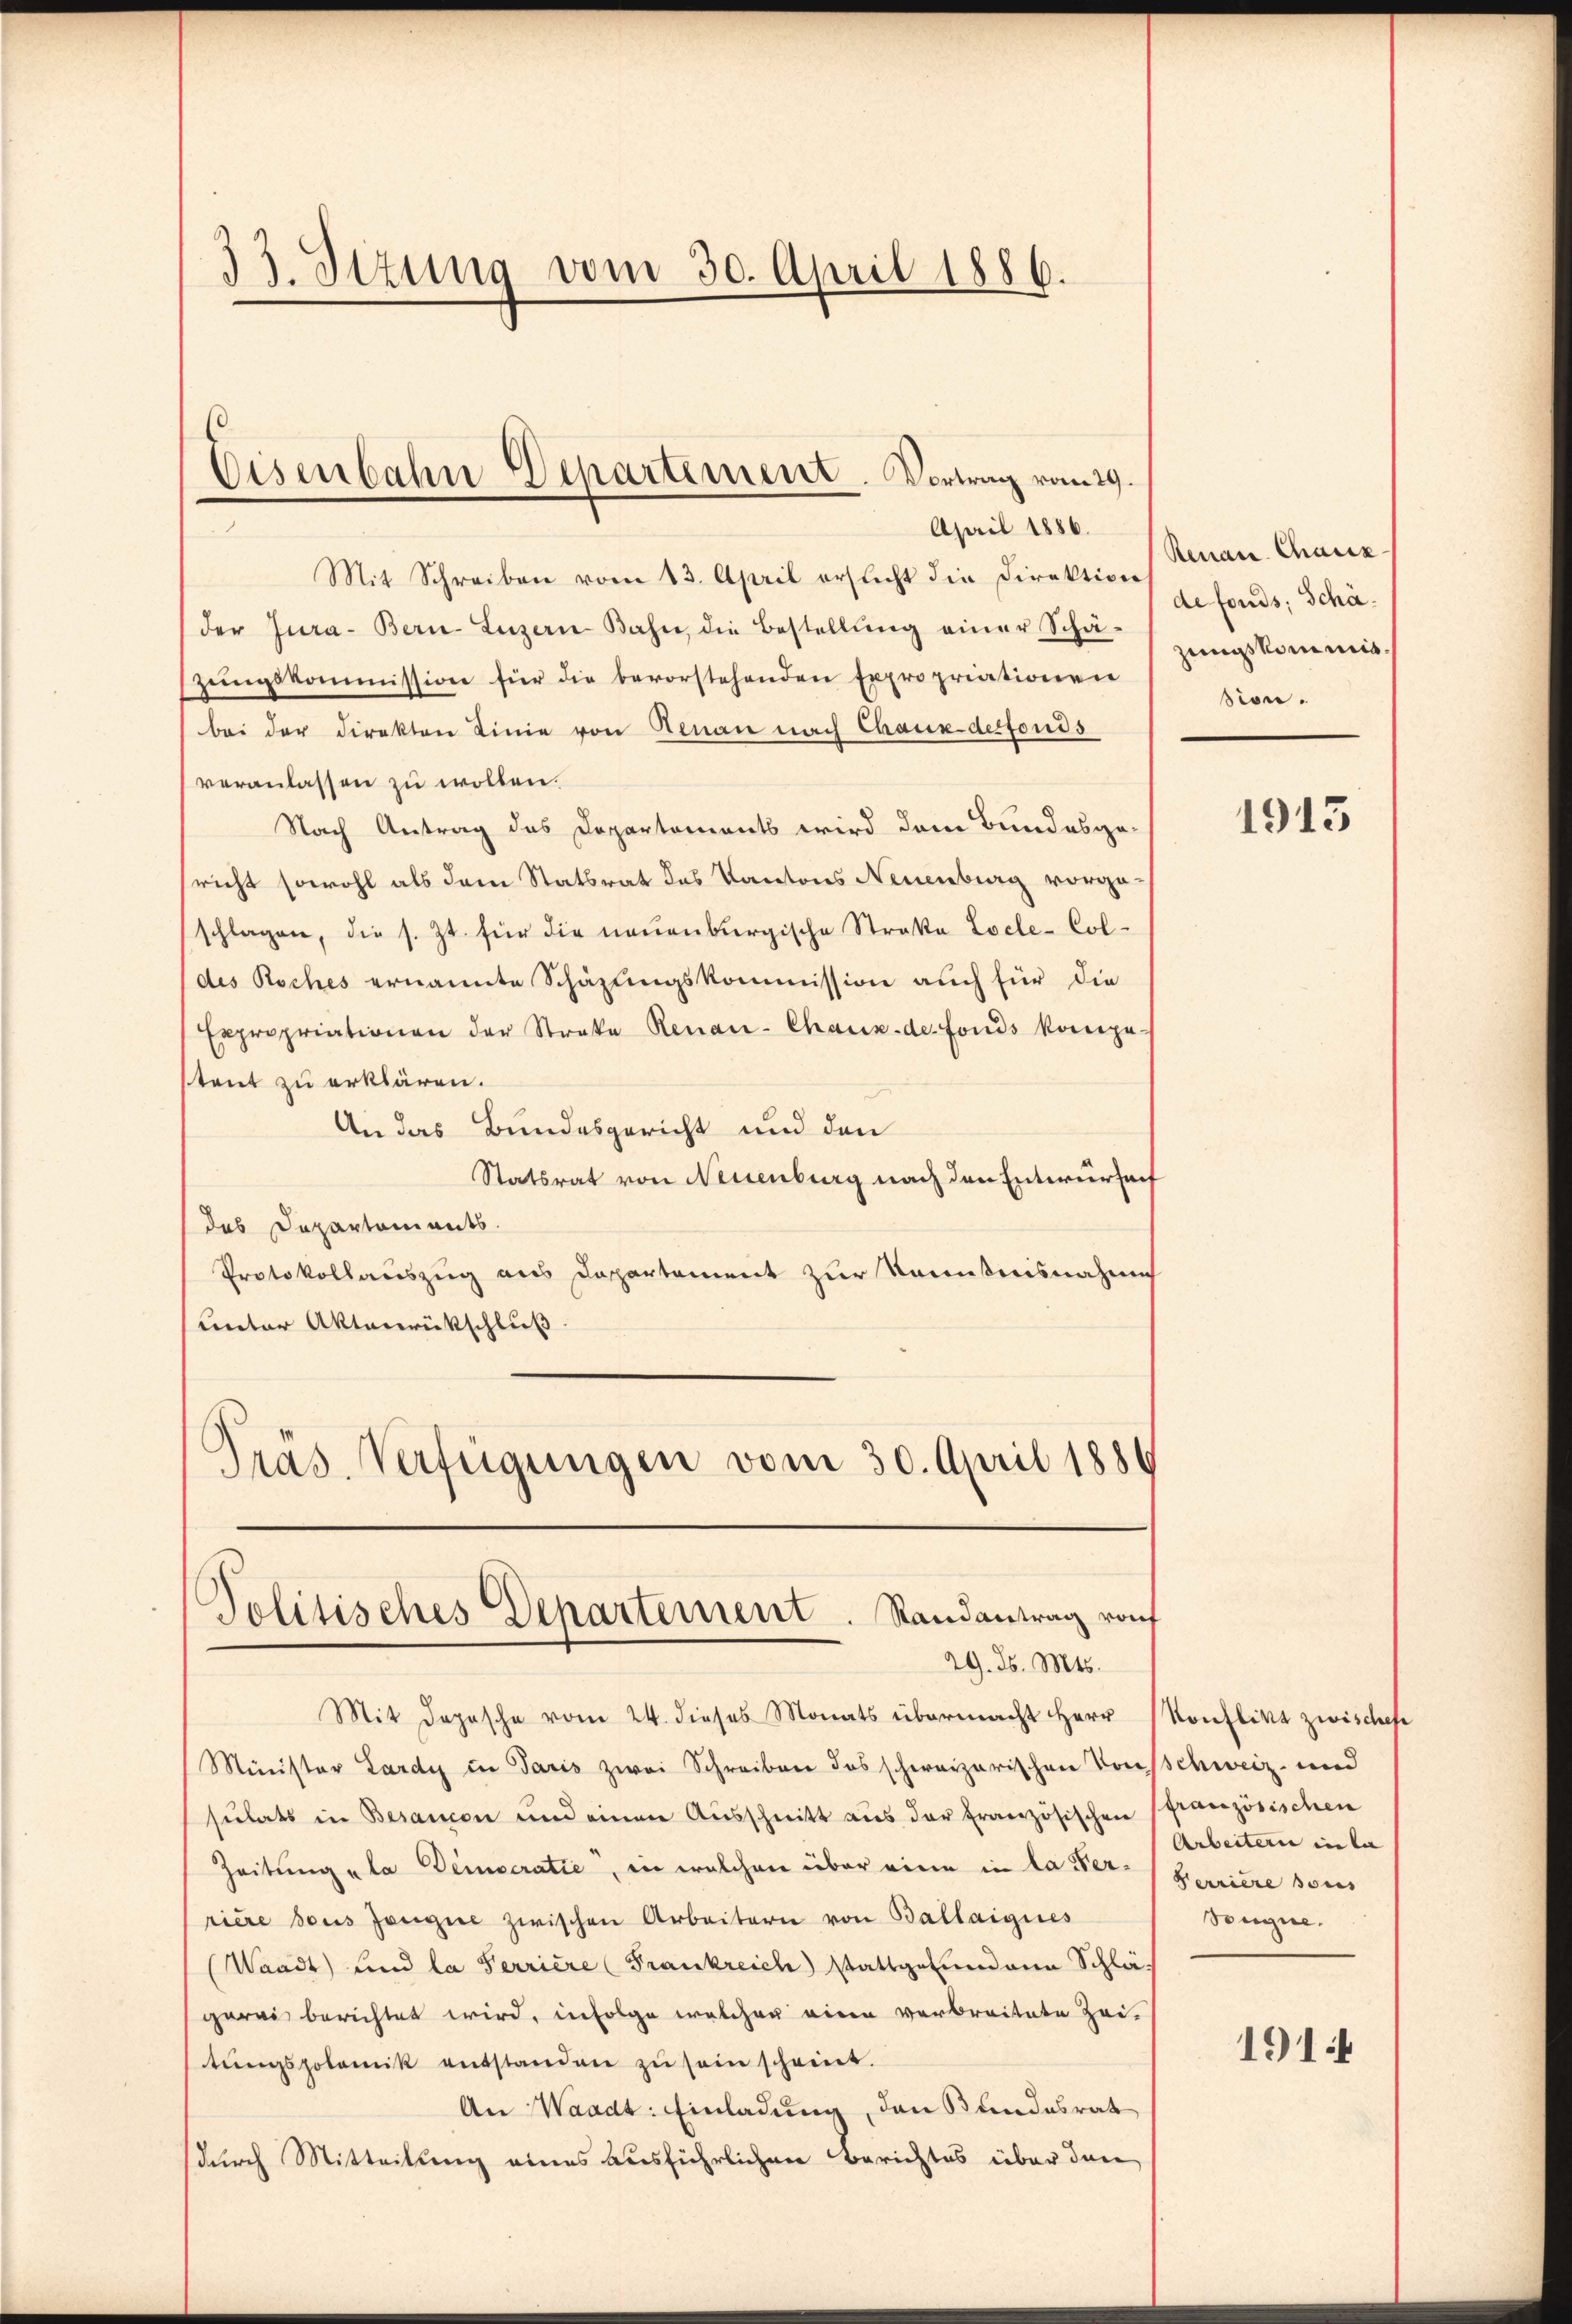
33. Stzung vom 30. April 1886.

Mit Schreiben vom 13. April ersticht die Direktion (Genan Chaux
(der Jura- Bern-Luzern Bahn, die Bestellŭng einer Schä-
zŭngskommission für die bevorstehenden Expropriationen
bei der Direkten Linie von Genau nach Chaux desfonds
veranlassen zu wollen.
Nach Antrag des Departements wird dem Bundesge-
sricht sowohl als dem Statsrat des Kantons Neuenburg vorgeschlagen, die s. Zt. für die neuenburgische Straße Locle-Col¬
(des Roches ernannte Schazungskommission auch für die
Expropriationen der Streke Renau-Chaux-de-Fonds kompe-
stent zu erklären.
An das Bundesgericht und den
Statsrat von Neuenburg nach den Entwurfeif
des Departements.
Protokollauszug aus Departement zur Kenntnisnahme
unter Aktenrückschluß
Präs. Verfügungen vom 30. April 1886

Eisenbahn Departement. Vortrag vom 29.
April 1886.

Politisches Departement. Randantrag von
29. d. Mts.

tŭngspolemik entstanden zŭ sein scheint.
An Waadt: Einladung, den Bundesrat
(durch Mitteilung eines ausführlichen Berichtes über den

Mit Depesche vom 24. dieses Monats übermacht Herr Konflikt zwisches
Minister Lardy in Paris zwei Schreiben das schweizerischen Von Schweiz und
sulats in Besancen und einen Aŭsschnitt aus der Französischen (französischen
Zeitung „la Deineratie, in welchen über eine in la der Harriere sons
riere sous Zeugie zwischen Arbeitern von Ballaigues
(Waadt und la Serriere (Frankreich stattgefundene Schlägerei berichtet wird, infolge welcher einen verbreitete Zei-

defonds; Schäzungskommis.
sion.

1913

Arbeitern in da
Songne.

1914